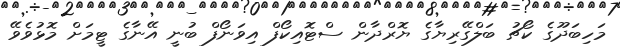
މަހިބަދޫގެ ކޯޗު ބަލްގޭރިޔާގެ ޔޮރްދާން ސްޓޮއިކޯފް އިވަނޯފް ބުނީ އޭނާގެ ޓީމަށް މޮޅުވެވޭ